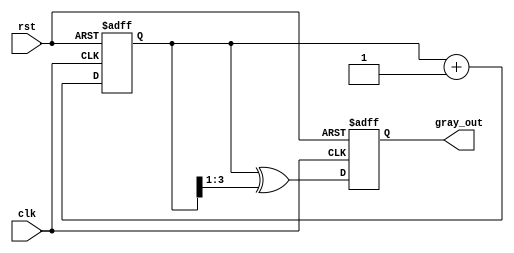
module gray_code_counter (
    input wire clk,            // Clock input
    input wire rst,            // Asynchronous reset
    output reg [3:0] gray_out // 4-bit Gray code output
);

    // Internal signal for binary counter
    reg [3:0] bin_count; // 4-bit binary counter

    // Always block for binary counter and Gray code conversion
    always @(posedge clk or posedge rst) begin
        if (rst) begin
            // Reset both binary counter and Gray code output
            bin_count <= 4'b0000;
            gray_out <= 4'b0000;
        end else begin
            // Increment the binary counter
            bin_count <= bin_count + 1;
            
            // Convert binary to Gray code
            gray_out <= bin_count ^ (bin_count >> 1);
        end
    end

endmodule